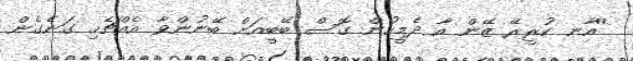
''އާނ ކުރީރޭ ޒޭން އާ ދެމީހުން ގޮސް ބޭބީއަށް ބޭނުންވާ އެއްޗެހި ގަނެގެން